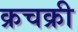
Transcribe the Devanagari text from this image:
क्रचक्री